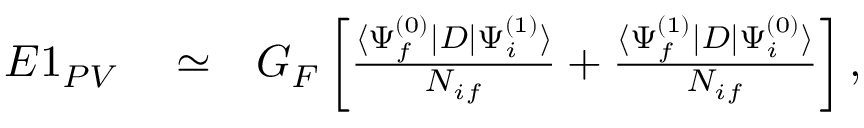
\begin{array} { r l r } { E 1 _ { P V } } & { { } \simeq } & { G _ { F } \left[ \frac { \langle \Psi _ { f } ^ { ( 0 ) } | D | \Psi _ { i } ^ { ( 1 ) } \rangle } { { \cal N } _ { i f } } + \frac { \langle \Psi _ { f } ^ { ( 1 ) } | D | \Psi _ { i } ^ { ( 0 ) } \rangle } { { \cal N } _ { i f } } \right] , } \end{array}